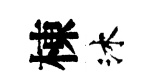
棟沐